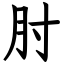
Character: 肘